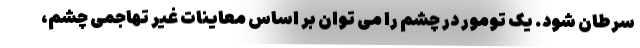
سرطان شود. یک تومور در چشم را می توان بر اساس معاینات غیر تهاجمی چشم،